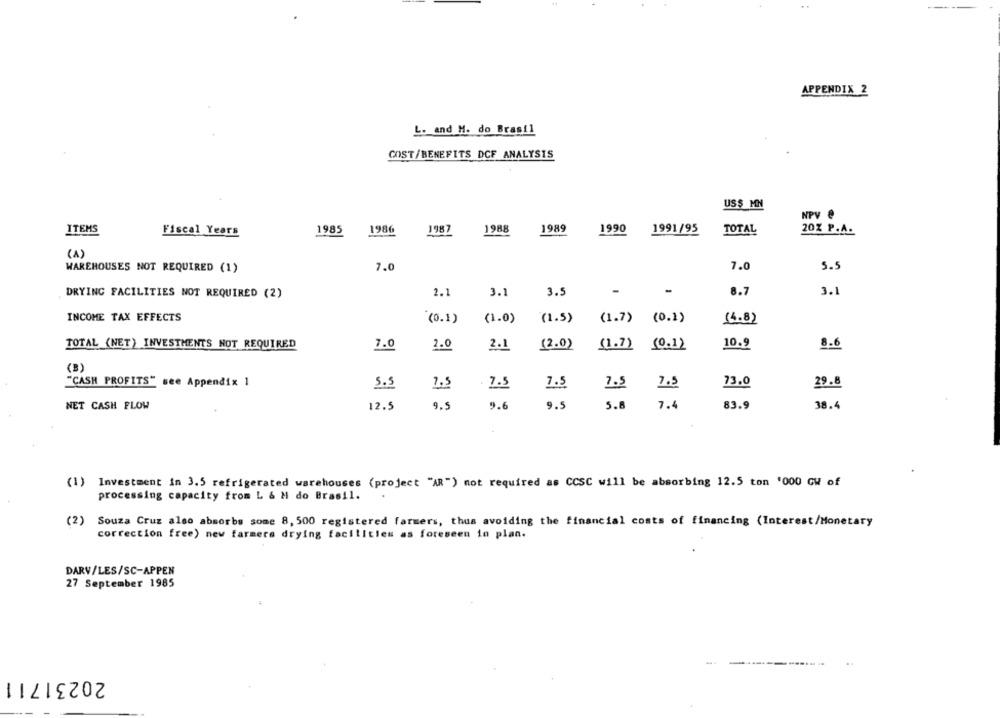
APPENDIX 2
L. and M. do Brasil
COST/BENEFITS DCF ANALYSIS
US$ MN
NPV @
ITEMS
1985
1986
1987
1988
1989
1990
1991/95
TOTAL
20% P.A.
Fiscal Years
(1)
7.0
5.5
WAREHOUSES NOT REQUIRED (1)
7.0
DRYING FACILITIES NOT REQUIRED (2)
2.1
3.1
3.5
-
8.7
3.1
INCOME TAX EFFECTS
(0.1)
(1.0)
(1.5)
(1.7) (0.1)
(4.8)
TOTAL (NET) INVESTMENTS NOT REQUIRED
(2.0)
8.6
7.0
2.0
2.1
(1.7)
(0.1)
10.9
(B)
"CASH PROFITS" see Appendix 1
5.5
7.5
7.5
7.5
7.5
7.5
73.0
29.8
NET CASH FLOW
12.5
9.5
9.6
9.5
5.8
7.4
83.9
38.4
(1) Investment in 3.5 refrigerated warehouses (project "AR") not required as CCSC will be absorbing 12.5 ton '000 GW of
processing capacity from L & M do Brasil.
(2) Souza Cruz also absorbs some 8, 500 registered farmers, thus avoiding the financial costs of financing (Interest/Monetary
correction free) new farmers drying facilities as foreseen in plan.
DARV/LES/SC-APPEN
27 September 1985
20231711